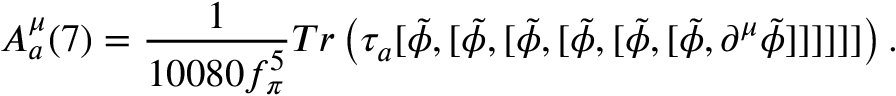
A _ { a } ^ { \mu } ( 7 ) = { \frac { 1 } { 1 0 0 8 0 f _ { \pi } ^ { 5 } } } T r \left( \tau _ { a } [ { \tilde { \phi } } , [ { \tilde { \phi } } , [ { \tilde { \phi } } , [ { \tilde { \phi } } , [ { \tilde { \phi } } , [ { \tilde { \phi } } , \partial ^ { \mu } { \tilde { \phi } } ] ] ] ] ] ] \right) .